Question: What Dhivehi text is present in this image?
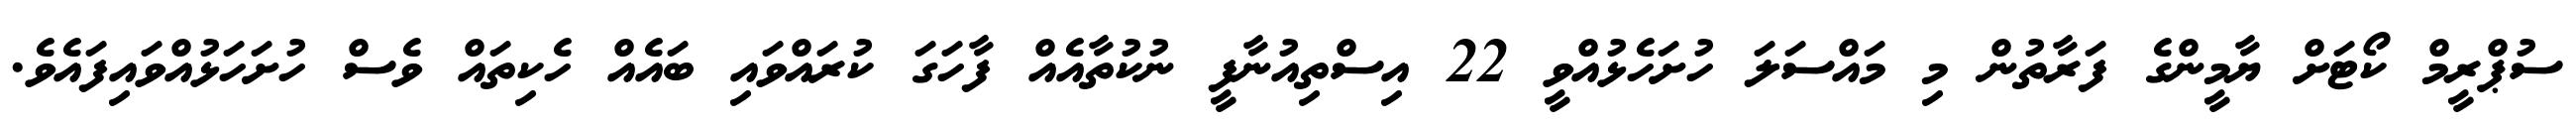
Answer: ސުޕްރީމް ކޯޓަށް ޔާމީންގެ ފަރާތުން މި މައްސަލަ ހުށަހެޅުއްވީ 22 އިސްތިއުނާފީ ނުކުތާއެއް ފާހަގަ ކުރައްވައި ބައެއް ހެކިތައް ވެސް ހުށަހަޅުއްވައިފައެވެ.